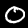
Label: 0